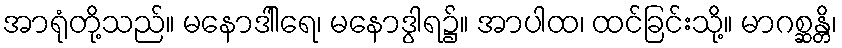
အာရုံတို့သည်။ မနောဒါါရေ၊ မနောဒွါရ၌။ အာပါထ၊ ထင်ခြင်းသို့။ မာဂစ္ဆန္တိ၊